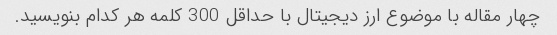
چهار مقاله با موضوع ارز دیجیتال با حداقل 300 کلمه هر کدام بنویسید.